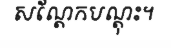
សណ្តែកបណ្តុះ។